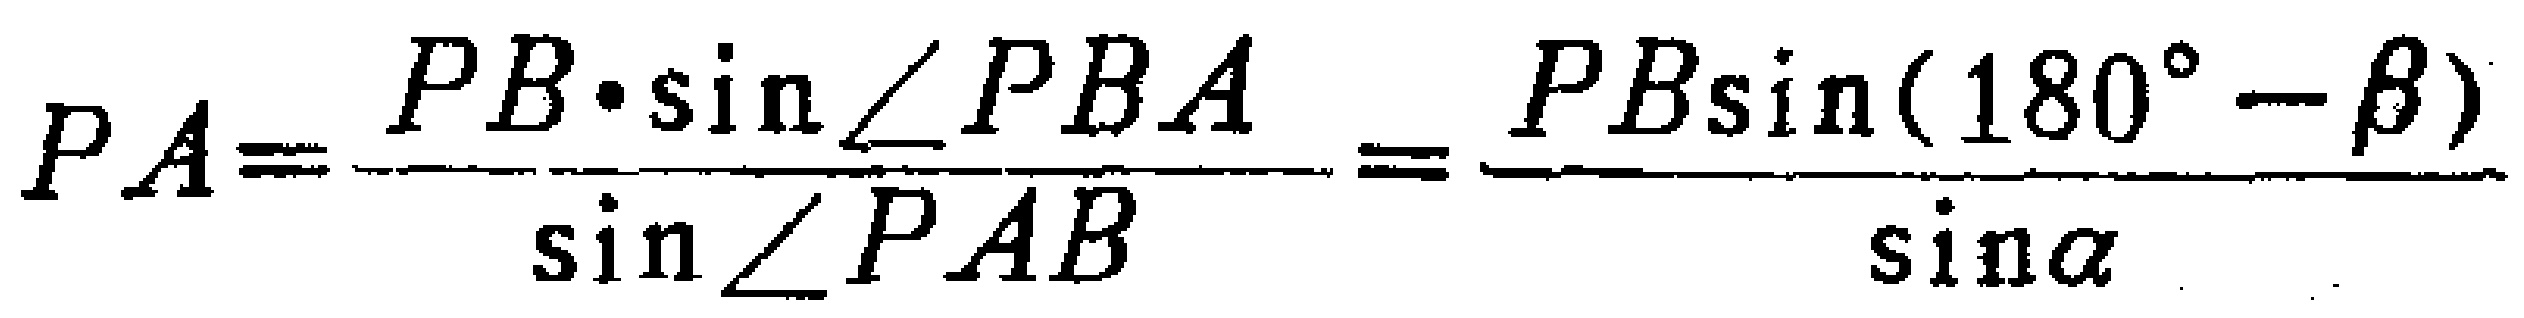
\[PA=\frac{PB\cdot\sin\angle PBA}{\sin\angle PAB}=\frac{PB\sin(180^{\circ}-\beta)}{\sin\alpha}\]